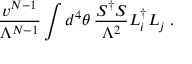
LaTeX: \frac { v ^ { N - 1 } } { \Lambda ^ { N - 1 } } \int d ^ { 4 } \theta \, \frac { S ^ { \dag } S } { \Lambda ^ { 2 } } L _ { i } ^ { \dag } L _ { j } \; .